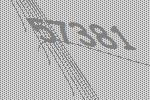
57381